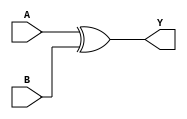
`timescale 1ns / 1ps
//////////////////////////////////////////////////////////////////////////////////
// Company: 
// Engineer: 
// 
// Design Name: 
// Module Name: XORGATE
// Project Name: 
// Target Devices: 
// Tool Versions: 
// Description: 
// 
// Dependencies: 
// 
// Revision:
// Revision 0.01 - File Created
// Additional Comments:
// 
//////////////////////////////////////////////////////////////////////////////////


module XORGATE_dataflow(A, B, Y);
input A, B;
output Y;
assign Y = A ^ B;
endmodule